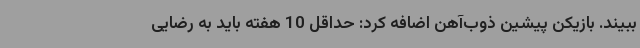
ببیند. بازیکن پیشین ذوب‌آهن اضافه کرد: حداقل 10 هفته باید به رضایی